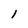
Character: l